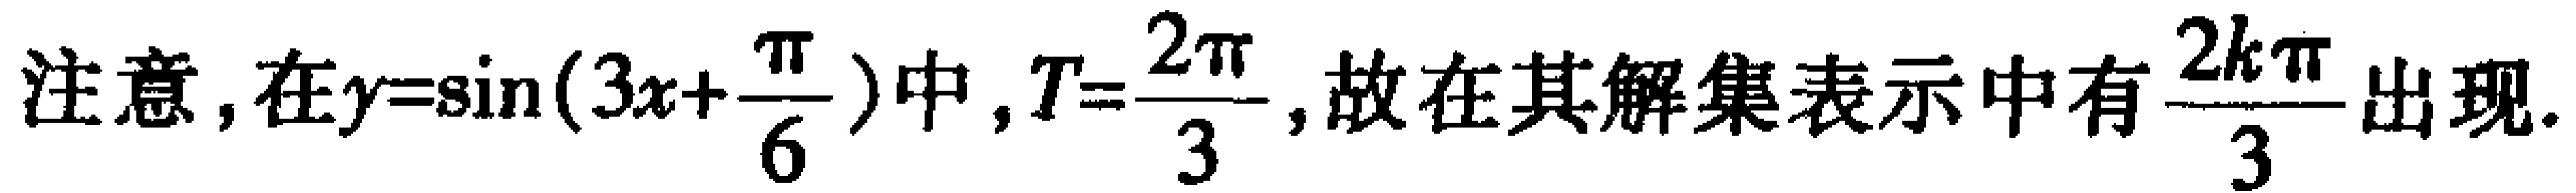
注意，在\(y = \sin(3x + \frac{\pi}{6})\)中，\(T = \frac{2\pi}{3}\)，故在其解集表示中有\(\frac{2k\pi}{3}\)出现.